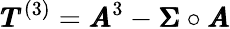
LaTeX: \pmb{T}^{(3)}=\pmb{A}^{3}-\pmb{\Sigma}\circ\pmb{A}